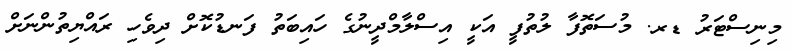
މިނިސްޓަރު ޑރ. މުސަތޮފާ ލުތުފީ އަކީ އިސްލާމްދީނުގެ ހައިބަތު ފަނޑުކޮށް ދިވެހި ރައްޔިތުންނަށް